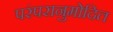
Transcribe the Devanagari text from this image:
परंपरानुमोदित